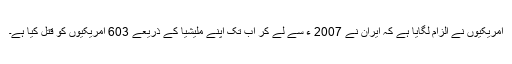
امریکیوں نے الزام لگایا ہے کہ ایران نے 2007 ء سے لے کر اب تک اپنے ملیشیا کے ذریعے 603 امریکیوں کو قتل کیا ہے۔